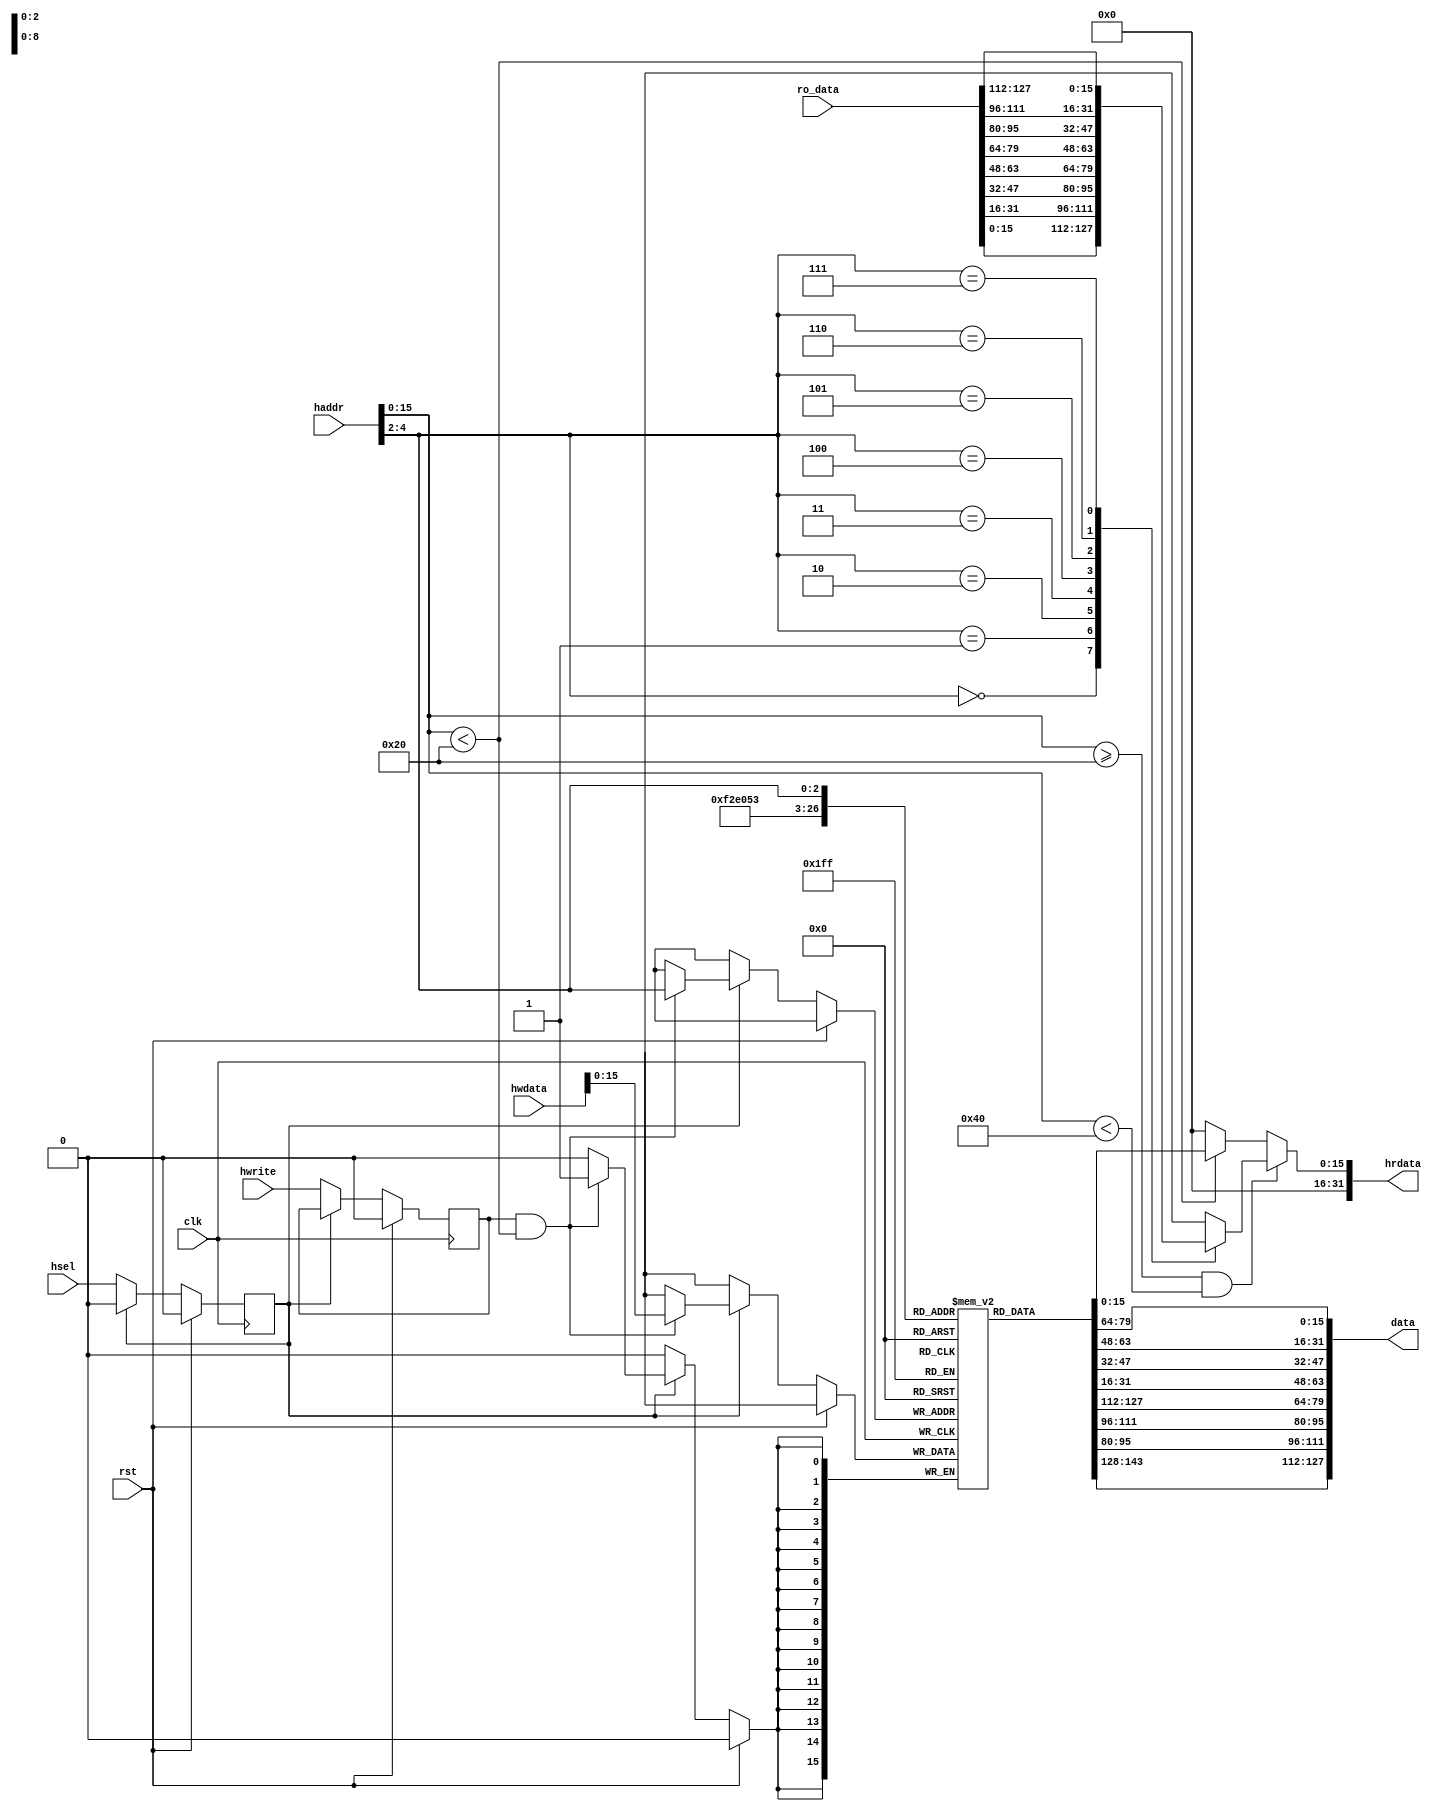
module quantum(
        input         clk,
        input         rst,
        input         hwrite,
        input [31:0]  hwdata,
        input [31:0]  haddr,
        input         hsel,
        output reg[31:0]  hrdata,

        output[127:0] data,
        input [127:0] ro_data
);

reg[15:0] dataA[7:0];

assign data = {dataA[7], dataA[6], dataA[5], dataA[4],
	dataA[3], dataA[2], dataA[1], dataA[0]};

wire[15:0] rodataA[7:0];

assign {rodataA[7], rodataA[6], rodataA[5], rodataA[4],
	rodataA[3], rodataA[2], rodataA[1], rodataA[0]} = {
	ro_data[127:112], ro_data[111:96],
	ro_data[95 :80],  ro_data[79:64],
	ro_data[63 :48],  ro_data[47:32],
	ro_data[31 :16],  ro_data[15:0]
};

reg ctr;
reg write;

wire[2:0] raddr = haddr[4:2];

always @(*) begin
	if (haddr[15:0] >= 'h20 && haddr[15:0] < 'h40) begin
		hrdata = rodataA[raddr];
	end else if (haddr[15:0] < 'h20) begin
		hrdata = dataA[raddr];
	end else begin
                hrdata = 0;
        end
end

always @(posedge clk) begin
	if (rst) begin
		ctr <= 0;
		write <= 0;
	end else if (ctr) begin
		ctr <= 0;
		if (write && haddr[15:0] < 'h20)
			dataA[raddr] <= hwdata;
	end else begin
		ctr   <= hsel;
		write <= hwrite;
	end
end

endmodule